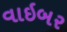
વાઇબર